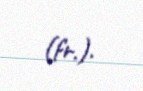
(fr.).